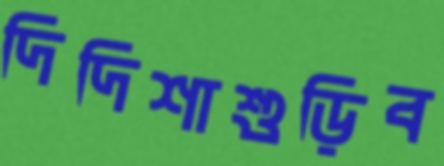
দিদিশাশুড়িব